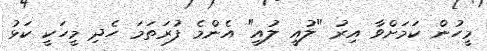
މީހުން ކަމަށްވާ އިރު "ލުއީ ލުއީ" އެންމެ ފުރަތަމަ ހެދި މީހަކީ ކަޅު